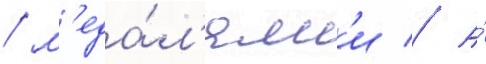
/ м'еда́л'ям'и // А́